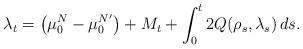
LaTeX: \begin{align*}{\lambda}_t=\bigl(\mu_0^N-\mu_0^{N'}\bigr)+M_t+\int_0^t2Q(\rho_s,{\lambda}_s)\,ds.\end{align*}